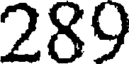
289